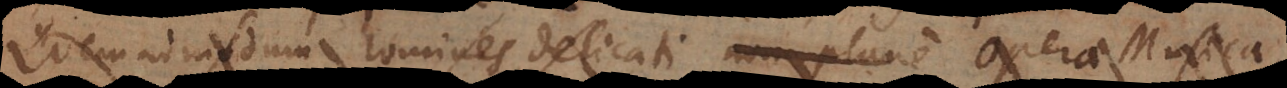
admodum homines delicati non plane Opera Musica